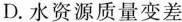
D.水资源质量变差